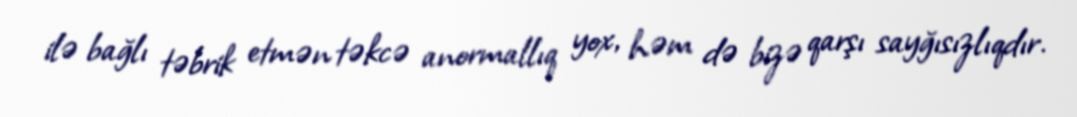
ilə bağlı təbrik etmən təkcə anormallıq yox, həm də bizə qarşı sayğısızlıqdır.